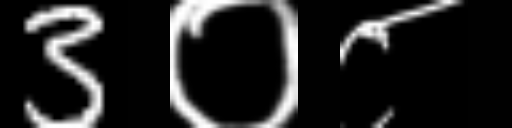
Text: 3०८